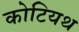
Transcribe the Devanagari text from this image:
कोटियथ